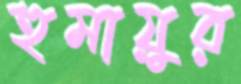
হুমায়ুর